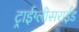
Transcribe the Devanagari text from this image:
ट्राईग्लीसराईड